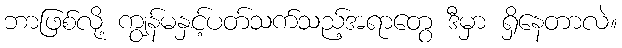
ဘာဖြစ်လို့ ကျွန်မနှင့်ပတ်သက်သည့်အရာတွေ ဒီမှာ ရှိနေတာလဲ။